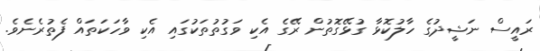
ރައީސް ނަޝީދުގެ ހާލުކޮޅާ ގުޅޭގޮތުން ރޭގެ އެކި ވަގުތުތަކުގައި އެކި ވާހަކަތައް ފެތުރެނެވެ.